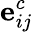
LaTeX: \mathbf{e}_{ij}^{c}